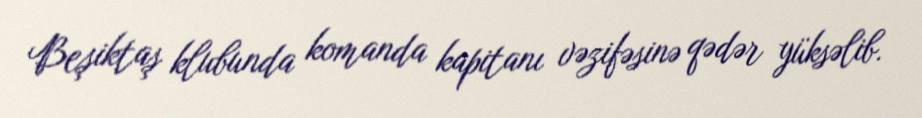
Beşiktaş klubunda komanda kapitanı vəzifəsinə qədər yüksəlib.